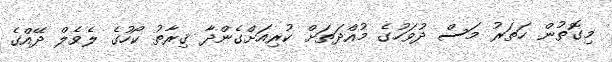
މިގޮތުން ހަތަރު މަސް ދުވަހުގެ މުއްދަތަށް ކުރިއަށްގެންދާ ޤިރާތު ކޯހުގެ ލެވެލް ދޭއްގެ